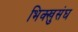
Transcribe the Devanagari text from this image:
भिक्खुसंघ